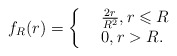
\begin{align*}f_R(r)= \left\{\begin{array}{rl}&\frac{2r}{R^2}, r\leqslant R\\&0, r>R.\end{array} \right.\end{align*}